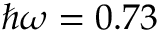
{ \hbar } \omega = 0 . 7 3